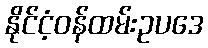
နိုင်ငံ့ဝန်ထမ်းဥပဒေ